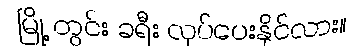
မြို့ တွင်း ခရီး လုပ်ပေးနိုင်လား။